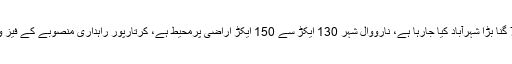
تفصیلات کے مطابق کرتارپور میں نارووال سے7 گنا بڑا شہرآباد کیا جارہا ہے، نارووال شہر 130 ایکڑ سے 150 ایکڑ اراضی پرمحیط ہے، کرتارپور راہداری منصوبے کے فیز ون کی تعمیر پر 45 فیصد کام مکمل کرلیا گیا ہے۔